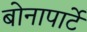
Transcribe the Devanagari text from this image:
बोनापार्टे